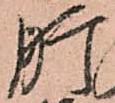
肝